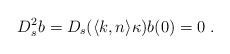
LaTeX: \begin{align*}D_s^2 b = D_s (\langle k,n \rangle \kappa) b(0)=0\;.\end{align*}